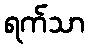
ရက်သာ